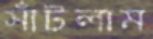
সাঁটলাম